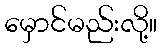
မှောင်မည်းလို့။